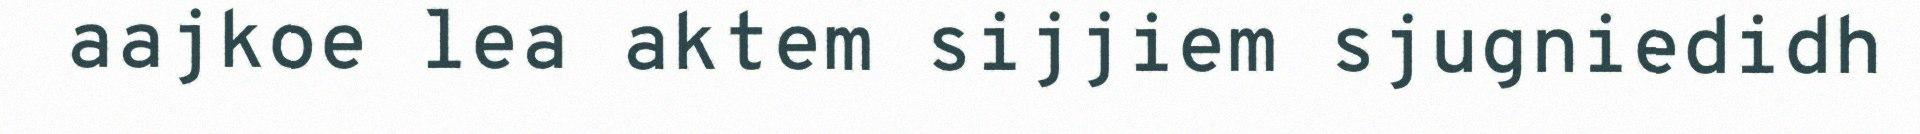
aajkoe lea aktem sijjiem sjugniedidh